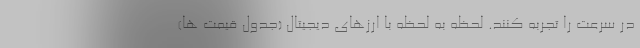
در سرعت را تجربه کنند. لحظه به لحظه با ارزهای دیجیتال (جدول قیمت ها)